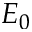
E _ { 0 }